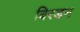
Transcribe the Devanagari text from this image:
बिरडन